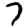
Digit: 7